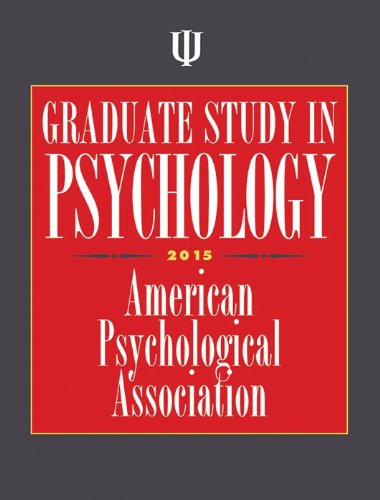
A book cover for Graduate Study in Psychology, 2015 Edition; American Psychological Association; Education & Teaching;